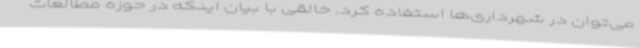
می‌توان در شهرداری‌ها استفاده کرد. خالقی با بیان اینکه در حوزه مطالعات